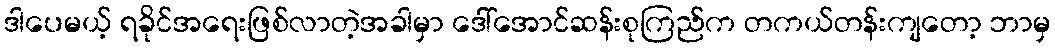
ဒါပေမယ့် ရခိုင်အရေးဖြစ်လာတဲ့အခါမှာ ဒေါ်အောင်ဆန်းစုကြည်က တကယ်တန်းကျတော့ ဘာမှ